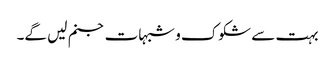
بہت سے شکوک و شبہات جنم لیں گے۔